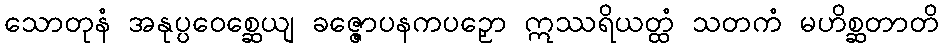
သောတုနံ အနုပ္ပဝေစ္ဆေယျ ခဇ္ဇောပနကပဉှော ဣဿရိယတ္ထံ သတကံ မဟိစ္ဆတာတိ